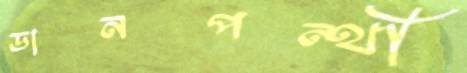
ডানপন্থী